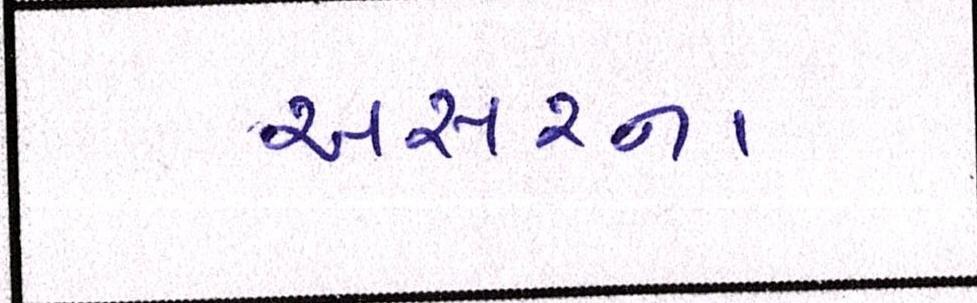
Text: અસરના